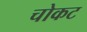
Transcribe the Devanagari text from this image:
चोकट